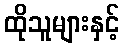
ထိုသူများနှင့်